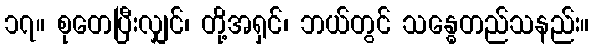
၁၇။ စုတေပြီးလျှင်၊ တို့အရှင်၊ ဘယ်တွင် သန္ဓေတည်သနည်း။